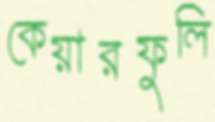
কেয়ারফুলি